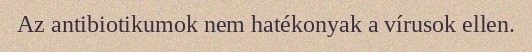
Az antibiotikumok nem hatékonyak a vírusok ellen.